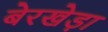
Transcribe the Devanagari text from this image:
बेरखेड़ा